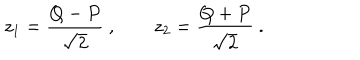
z _ { 1 } = \frac { Q - P } { \sqrt { 2 } } \ , \qquad z _ { 2 } = \frac { Q + P } { \sqrt { 2 } } \ .